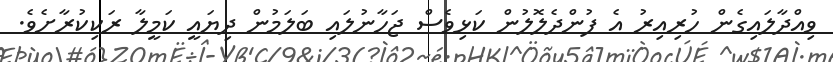
ވިއްދާލައިގެން ހުރިއިރު އެ ފުންދެލޮލުން ކަޅިވެސް ޖަހާނުލައި ބަލަމުން ދިޔައީ ކަމީލާ ރަކިކުރާށެވެ.